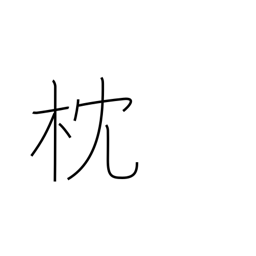
Meaning: pillow